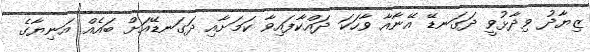
ޒިޔާދު ވިދާޅުވީ ދަގަނޑޭ އޭނާއާ ވާހަކަ ދައްކާފައިވާ ކަމަށާއި ދަގަނޑޭއަށް ބައެއް އަނިޔާގެ